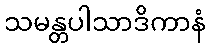
သမန္တပါသာဒိကာနံ